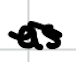
Text: as
Cross-out: wave
Writing tool: digital_black